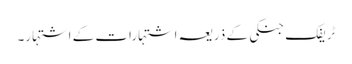
ٹریفک جنکی کے ذریعہ اشتہارات کے اشتہار۔